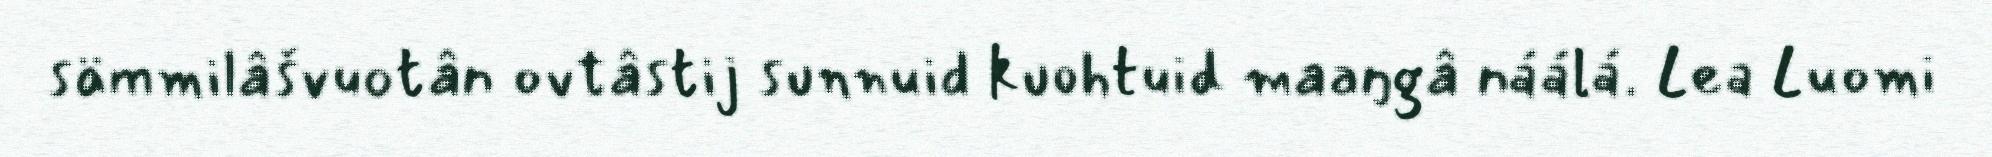
sämmilâšvuotân ovtâstij sunnuid kuohtuid maaŋgâ náálá. Lea Luomi